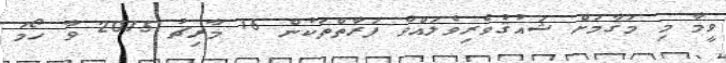
ވީމާ މި މަޤާމަށް ޝައުޤުވެރިވެލައްވާ ފަރާތްތަކުން 16 މާރިޗު 2015 ވާ ހޯމަ